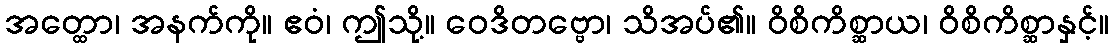
အတ္ထော၊ အနက်ကို။ ဧဝံ၊ ဤသို့။ ဝေဒိတဗ္ဗော၊ သိအပ်၏။ ဝိစိကိစ္ဆာယ၊ ဝိစိကိစ္ဆာနှင့်။